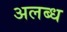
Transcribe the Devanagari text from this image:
अलब्ध